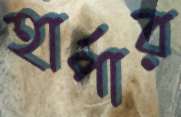
হার্পার